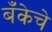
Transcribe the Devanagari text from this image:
बँकेचे